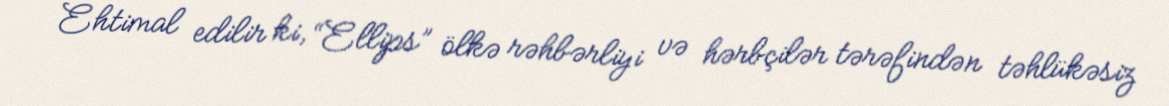
Ehtimal edilir ki, “Ellips” ölkə rəhbərliyi və hərbçilər tərəfindən təhlükəsiz